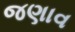
જણાવ